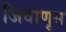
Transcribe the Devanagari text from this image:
जिवाणूस